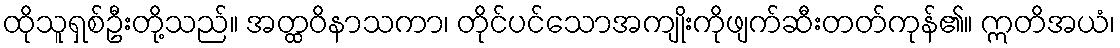
ထိုသူရှစ်ဦးတို့သည်။ အတ္ထဝိနာသကာ၊ တိုင်ပင်သောအကျိုးကိုဖျက်ဆီးတတ်ကုန်၏။ ဣတိအယံ၊